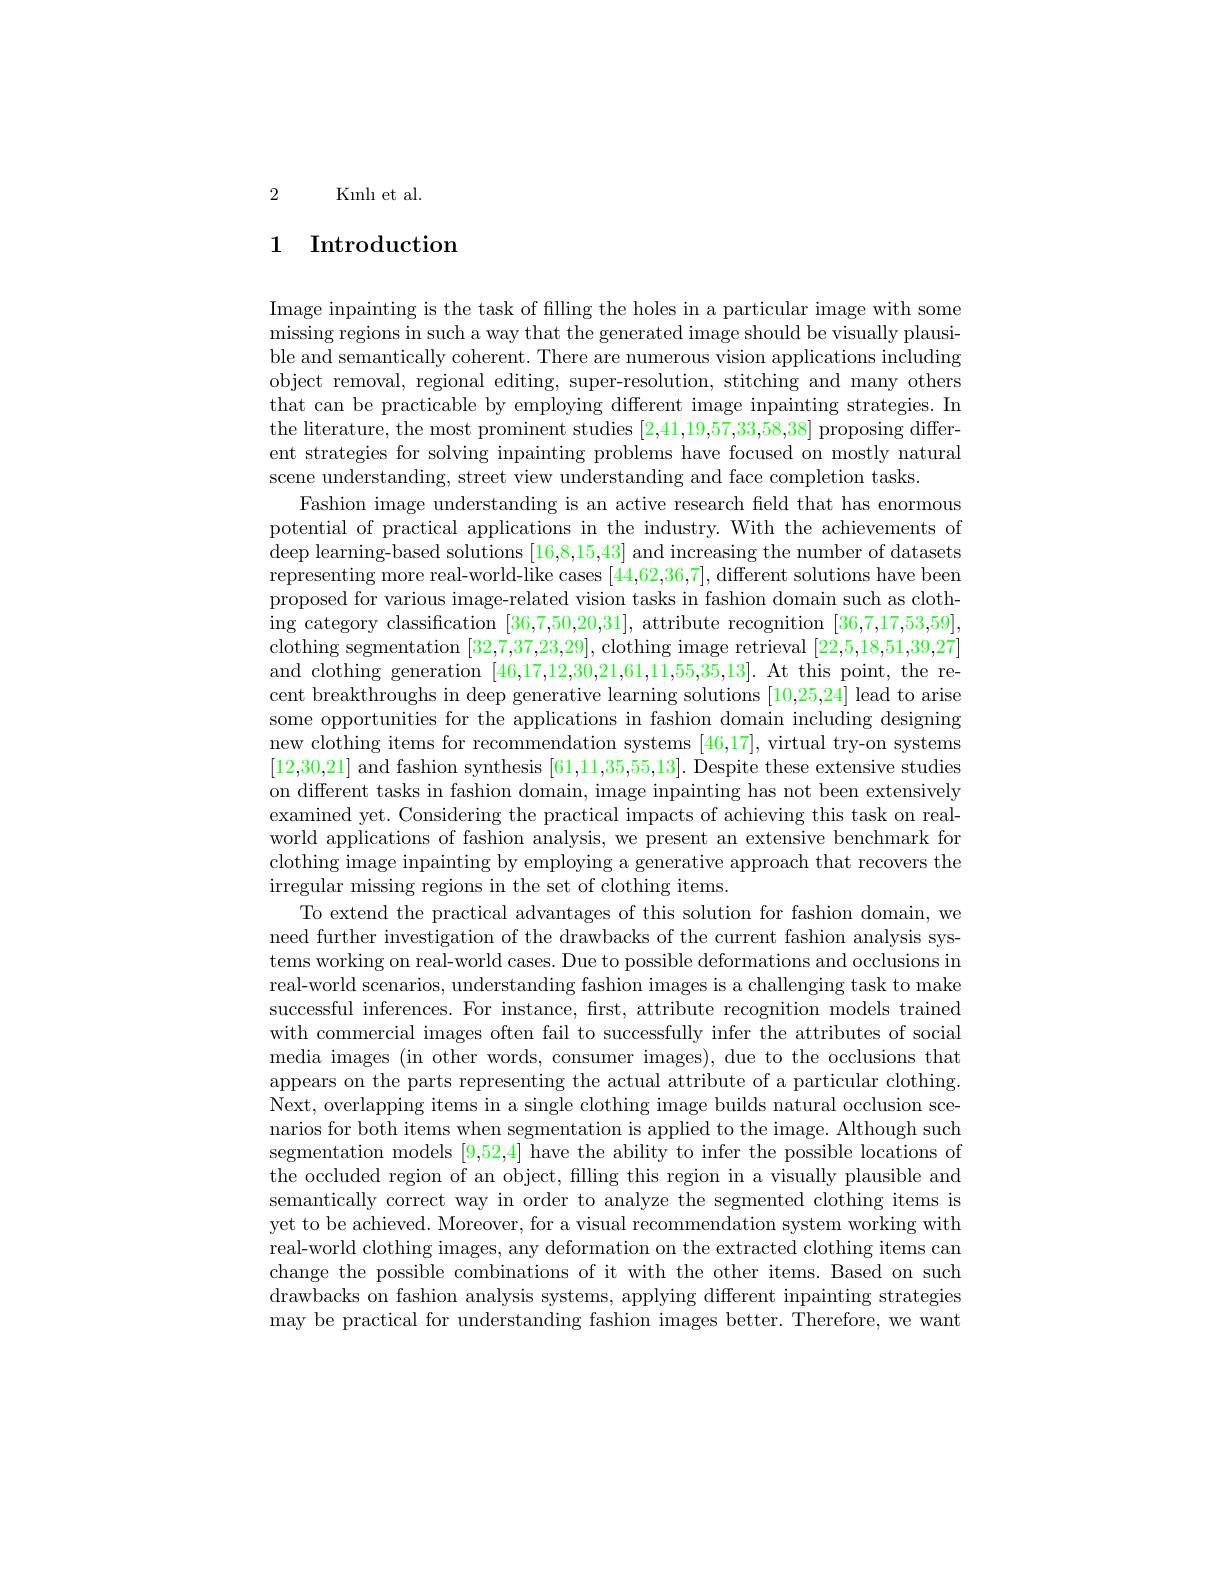
2 Kınlı et al.

## 1 Introduction

Image inpainting is the task of filling the holes in a particular image with some missing regions in such a wa ble and semantically coherent. There are numerous vision applications including object removal, regional editing, super-resolution, stitching and many others that can be practicable by employing different image inpainting strategies. In the literature, the most prominent studies [2,41,19,57,33,58,38] proposing different strategies for solving inpainting problems have focused on mostly natural scene understanding, street view understanding and face completion tasks.
Fashion image understanding potential of practical applications in the industry. With the achievements of deep learning-based solutions [16,8,15,43] and increasing the number of datasets representing more real-world-like cases [44,62,36,7], different solutions have been proposed for various image-related vision tasks in fashion domain such as cloth- $ing category classification $[36,7,50,20,31]$, attribute recognition [36,7,17,53,59]$ clothing segmentation [32,7,37,23,29], clothing image retrieval [22,5,18,51,39,27] and clothing generation [46,17,12,30,21,61,11,55,35,13]. At this point, the recent breakthroughs in deep generative learning solutions [10,25,24] lead to arise some opportunities for the applications in fashion domain including designing new clothing items for recom [12,30,21] and fashion synthesis [61,11,35,55,13]. Despite these extensive studies on different tasks in fashio examined yet. Considering the practical impacts of achieving this task on realworld applications of fashion analysis, we present an extensive benchmark for clothing image inpainting by employing a generative approach that recovers the irregular missing regions in
To extend the practical advantages of this solution for fashion domain, we need further investigation of the drawbacks of the current fashion analysis systems working on real-world cases. Due to possible deformations and occlusions in real-world scenarios, understanding fashion images is a challenging task to make successful inferences. For instance, first, attribute recognition models trained with commercial images often fail to successfully infer the attributes of social media images (in other words, consumer images), due to the occlusions that appears on the parts representing the actual attribute of a particular clothing. Next, overlapping items in a narios for both items when segmentation is applied to the image. Although such segmentation models [9,52,4] have the ability to infer the possible locations of the occluded region of an object, filling this region in a visually plausible and semantically correct way in order to analyze the segmented clothing items is yet to be achieved. Moreover, for a visual recommendation system working with real-world clothing images, any deformation on the extracted clothing items can change the possible combinations of it with the other items. Based on such drawbacks on fashion analysis systems, applying different inpainting strategies may be practical for understanding fashion images better. Therefore, we want